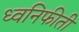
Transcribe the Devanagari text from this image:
ध्वनिफीती